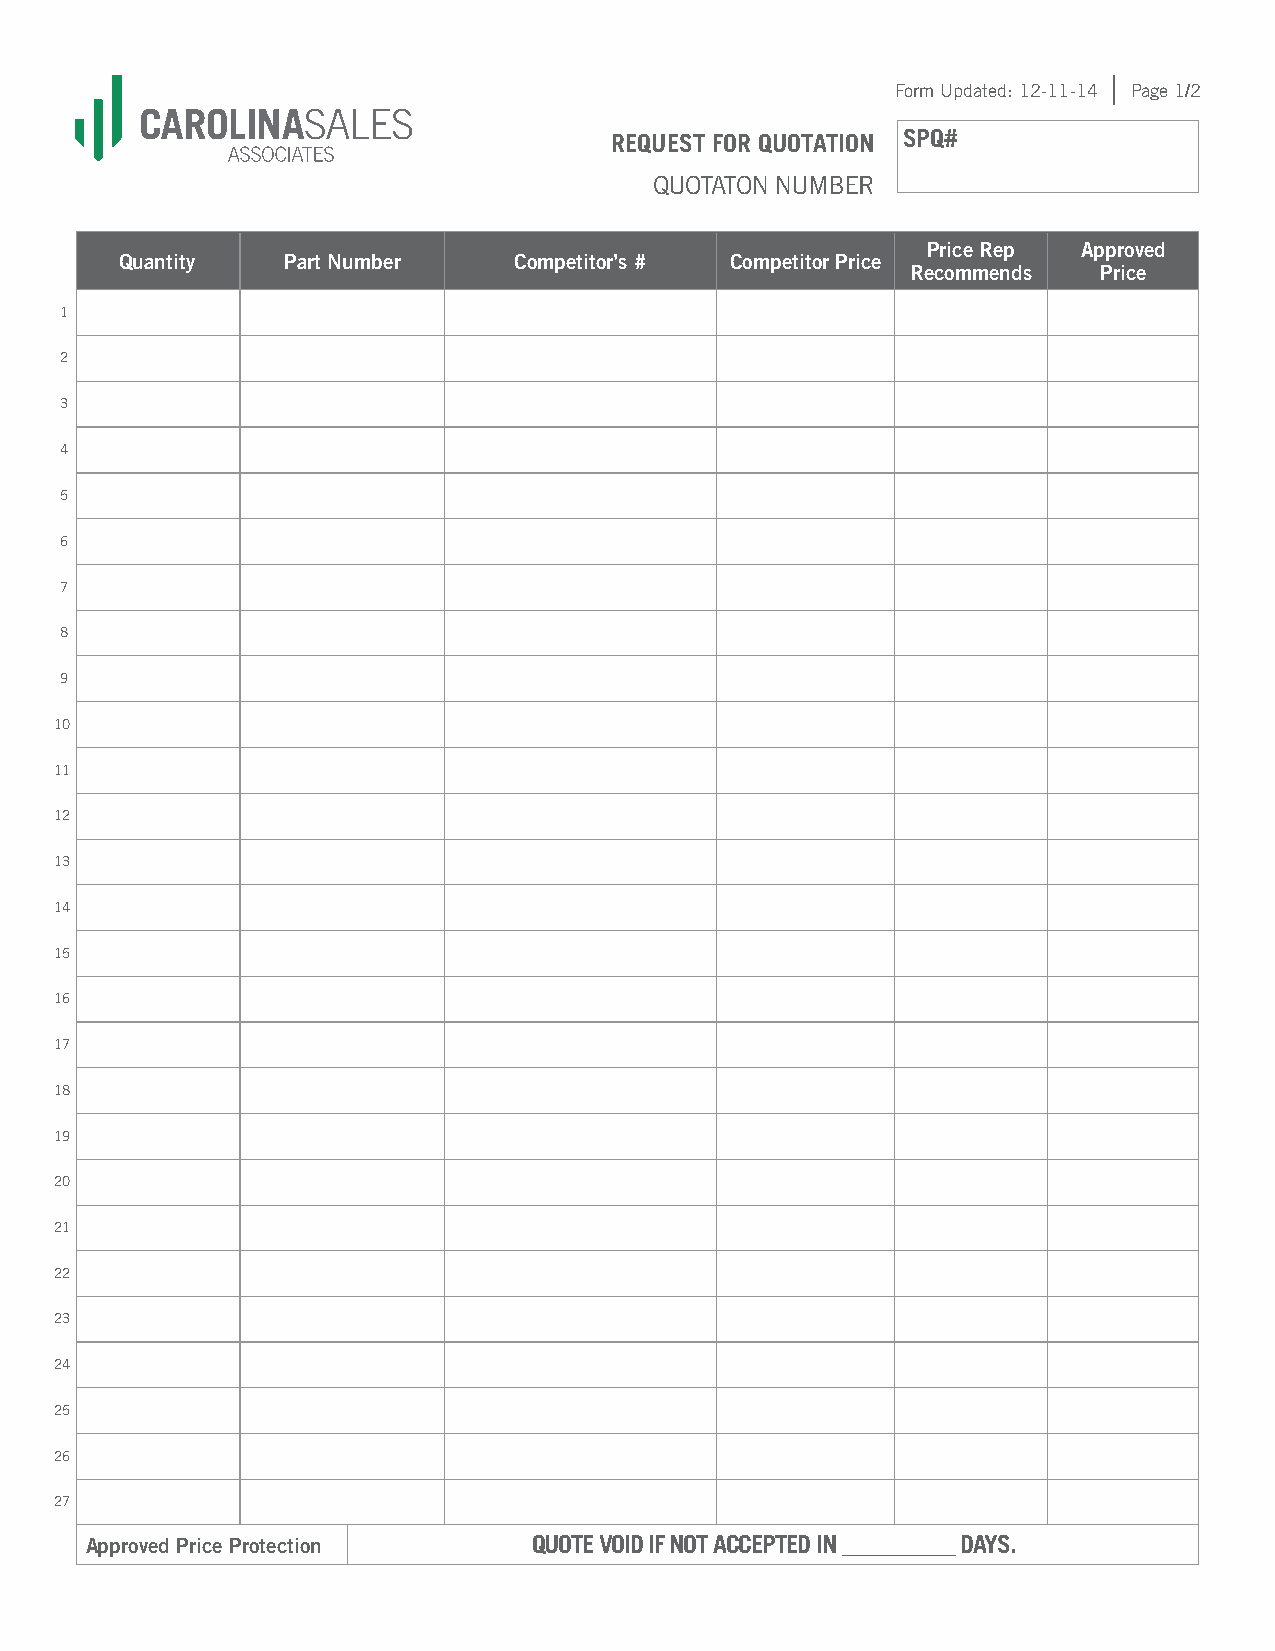
Form Updated: 12-11-14 Page 1/2
 REQUEST FOR QUOTATION SPQ#
 QUOTATON NUMBER
 Price Rep  Approved
 Quantity   Part Number    Competitor’s # Competitor Price
 Recommends   Price
 1
 2
 3
 4
 5
 6
 7
 8
 9
 10
 11
 12
 13
 14
 15
 16
 17
 18
 19
 20
 21
 22
 23
 24
 25
 26
 27
 Approved Price Protection    QUOTE VOID IF NOT ACCEPTED IN __________ DAYS.